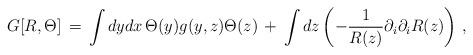
LaTeX: \begin{align*}G[R, \Theta ]\, =\, \int dy dx\, \Theta(y) g(y,z) \Theta(z)\,+\, \int dz \left( - {1\over R(z)} \partial_i \partial_i R(z)\right)\, ,\end{align*}